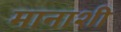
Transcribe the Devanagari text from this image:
मानाशी